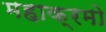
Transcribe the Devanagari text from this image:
महाक्रमो